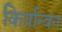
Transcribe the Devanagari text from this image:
किर्यान्वन